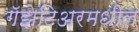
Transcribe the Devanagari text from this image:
गॅझेटिअरमधील